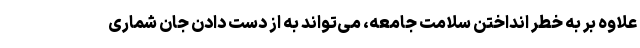
علاوه بر به خطر انداختن سلامت جامعه، می‌تواند به از دست دادن جان شماری